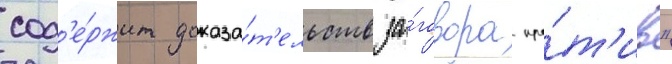
сод'е́ржит доказа́т'ельств за́говора про́т'ив"